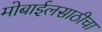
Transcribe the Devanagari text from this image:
मोबाईलसाठीचा